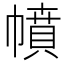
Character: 幩